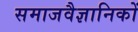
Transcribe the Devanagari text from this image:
समाजवैज्ञानिकों